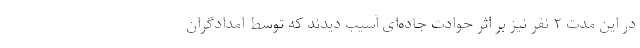
در این مدت ۲ نفر نیز بر اثر حوادث جاده‌ای آسیب دیدند که توسط امدادگران